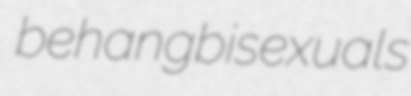
behang bisexuals